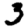
Digit: 3